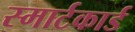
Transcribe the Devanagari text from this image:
स्मार्टकार्ड